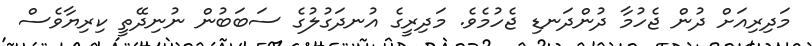
މަދިރިއަށް ދުން ޖެެހުމާ ދުންދަނޑި ޖެހުމެެވެެ. މަދިރީގެ އުނދަގުލުގެ ސަބަބުން ނުނިދޭތީ ކިރިޔާވެސް